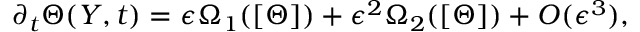
\begin{array} { r } { \partial _ { t } \Theta ( Y , t ) = \epsilon \Omega _ { 1 } ( [ \Theta ] ) + \epsilon ^ { 2 } \Omega _ { 2 } ( [ \Theta ] ) + O ( \epsilon ^ { 3 } ) , } \end{array}